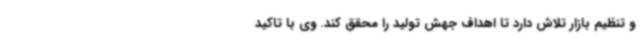
و تنظیم بازار تلاش دارد تا اهداف جهش تولید را محقق کند. وی با تاکید